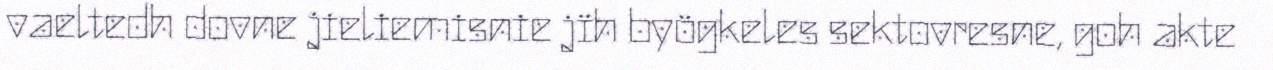
vaeltedh dovne jieliemisnie jïh byögkeles sektovresne, goh akte